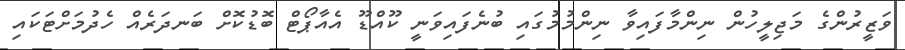
ވަޒީރުންގެ މަޖިލީހުން ނިންމާފައިވާ ނިންމުމުގައި ބުނެފައިވަނީ ކޫއްޑޫ އެއާޕޯޓް ބޮޑުކޮށް ބަނދަރެއް ހެދުމަށްޓަކައި